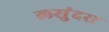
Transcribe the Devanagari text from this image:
लसुंदरा